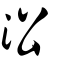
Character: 沿